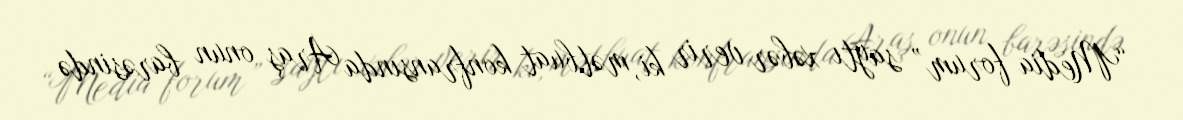
“Media forum” saytı xəbər verir ki, mətbuat konfransında Araş onun barəsində